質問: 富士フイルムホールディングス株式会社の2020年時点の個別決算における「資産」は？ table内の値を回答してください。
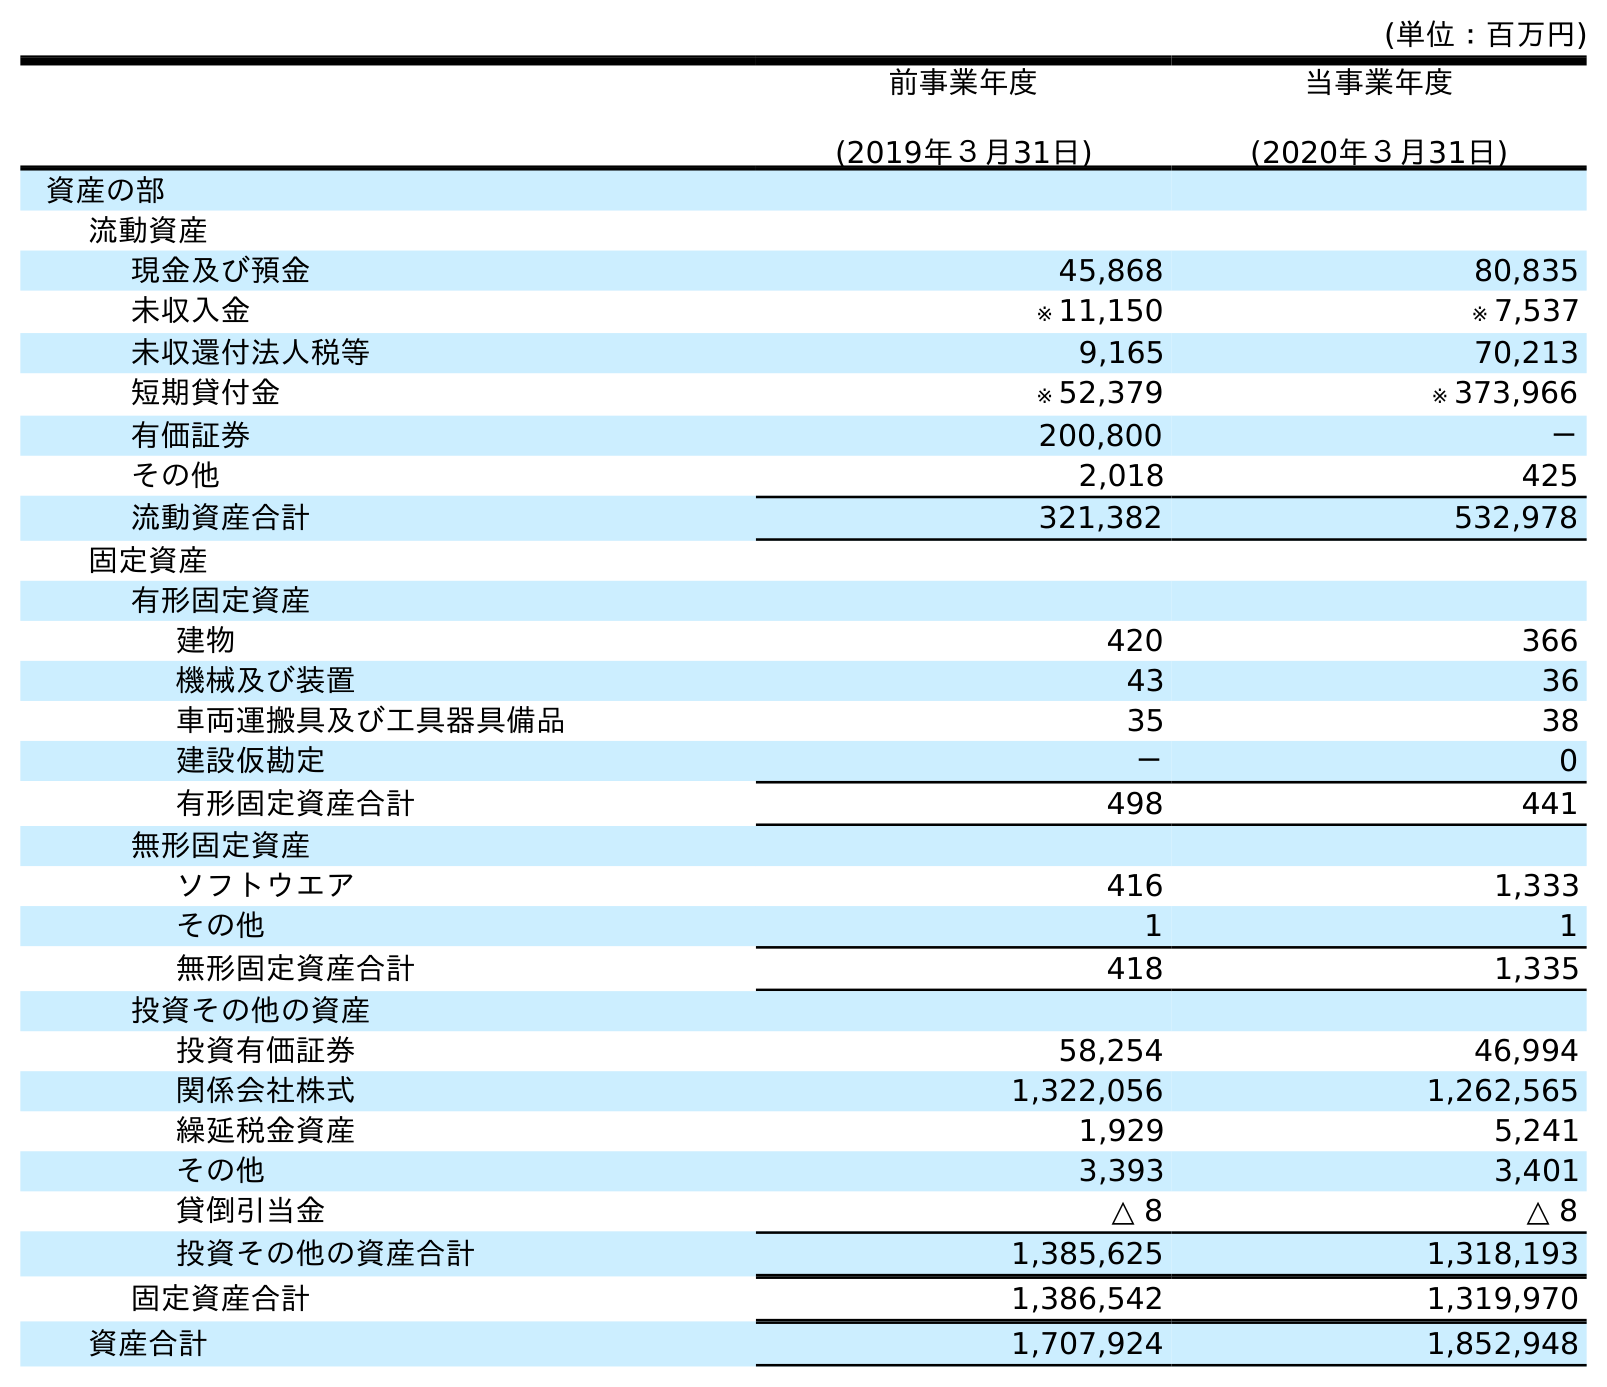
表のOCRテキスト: (単位：百万円) 前事業年度 (2019年３月31日) 当事業年度 (2020年３月31日) 資産の部 流動資産 現金及び預金 45,868 80,835 未収入金 ※ 11,150 ※ 7,537 未収還付法人税等 9,165 70,213 短期貸付金 ※ 52,379 ※ 373,966 有価証券 200,800 － その他 2,018 425 流動資産合計 321,382 532,978 固定資産 有形固定資産 建物 420 366 機械及び装置 43 36 車両運搬具及び工具器具備品 35 38 建設仮勘定 － 0 有形固定資産合計 498 441 無形固定資産 ソフトウエア 416 1,333 その他 1 1 無形固定資産合計 418 1,335 投資その他の資産 投資有価証券 58,254 46,994 関係会社株式 1,322,056 1,262,565 繰延税金資産 1,929 5,241 その他 3,393 3,401 貸倒引当金 △ 8 △ 8 投資その他の資産合計 1,385,625 1,318,193 固定資産合計 1,386,542 1,319,970 資産合計 1,707,924 1,852,948
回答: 1,852,948